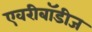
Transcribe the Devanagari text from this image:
एवरीबॉडीज